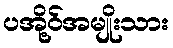
ပအို့ဝ်အမျိုးသား